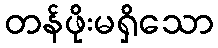
တန်ဖိုးမရှိသော